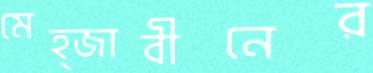
মেহ্জাবীনের